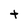
Character: t